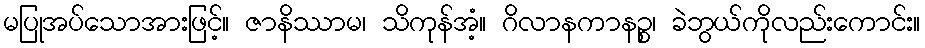
မပြုအပ်သောအားဖြင့်။ ဇာနိဿာမ၊ သိကုန်အံ့။ ဂိလာနကာနဉ္စ၊ ခဲဘွယ်ကိုလည်းကောင်း။